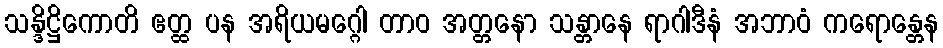
သန္ဒိဋ္ဌိကောတိ ဧတ္ထ ပန အရိယမဂ္ဂေါ တာဝ အတ္တနော သန္တာနေ ရာဂါဒီနံ အဘာဝံ ကရောန္တေန